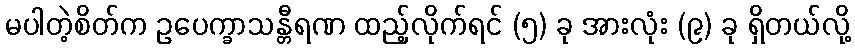
မပါတဲ့စိတ်က ဥပေက္ခာသန္တီရဏ ထည့်လိုက်ရင် (၅) ခု အားလုံး (၉) ခု ရှိတယ်လို့